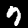
Label: 7